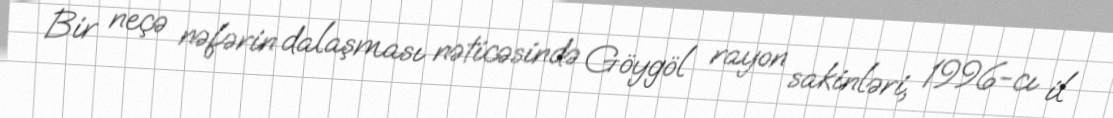
Bir neçə nəfərin dalaşması nəticəsində Göygöl rayon sakinləri, 1996-cı il